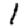
Digit: 1